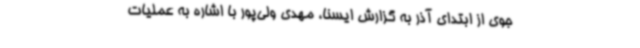
جوی از ابتدای آذر به گزارش ایسنا، مهدی ولی‌پور با اشاره به عملیات